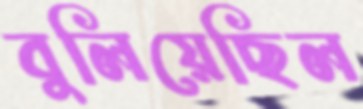
বুলিয়েছিল